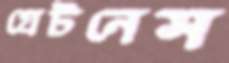
গ্রেটনেস